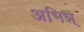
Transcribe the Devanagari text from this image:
अभिन्न्